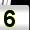
Digit: 5